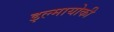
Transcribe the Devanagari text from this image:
इल्मायोकी